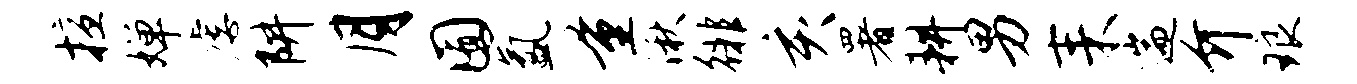
擅婵虐阱月囿氲量湫徘亥署耕男耒遄介琅